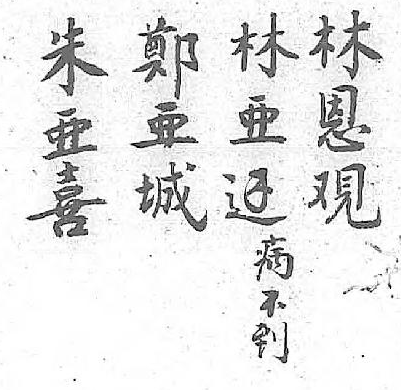
朱鄭林林病亜亜恩亜不喜城覌邊到